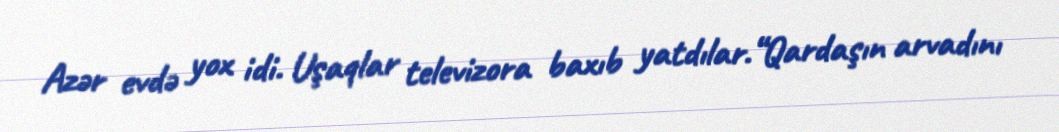
Azər evdə yox idi. Uşaqlar televizora baxıb yatdılar.“Qardaşın arvadını